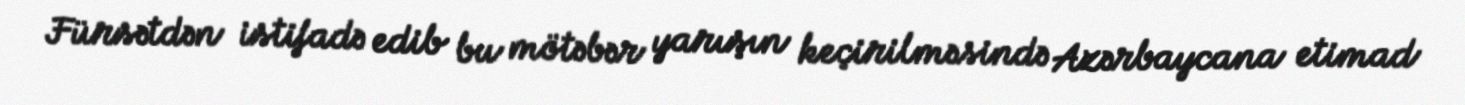
Fürsətdən istifadə edib bu mötəbər yarışın keçirilməsində Azərbaycana etimad